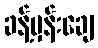
ခန့်မှန်းချေ